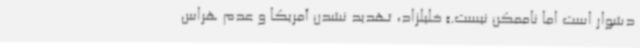
دشوار است اما ناممکن نیست.» خلیلزاد، تهدید نشدن آمریکا و عدم هراس